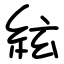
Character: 絃